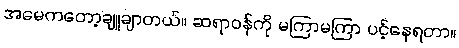
အမေကတော့ချူချာတယ်။ ဆရာဝန်ကို မကြာမကြာ ပင့်နေရတာ။